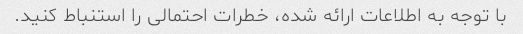
با توجه به اطلاعات ارائه شده، خطرات احتمالی را استنباط کنید.